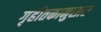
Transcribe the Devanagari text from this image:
गृहीतकानुसार